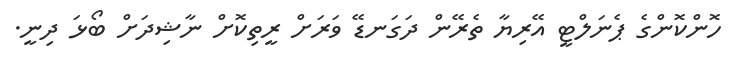
ހޮންކޮންގެ ޕެނަލްޓީ އޭރިޔާ ތެރޭން ދަގަނޑޭ ވަރަށް ރީތިކޮށް ނާޝިދަށް ބޯޅަ ދިނީ.